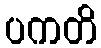
ပကတိ